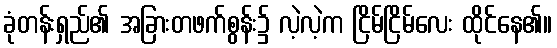
ခုံတန်းရှည်၏ အခြားတဖက်စွန်း၌ လဲ့လဲ့က ငြိမ်ငြိမ်လေး ထိုင်နေ၏။